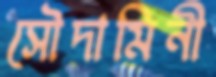
সৌদামিনী